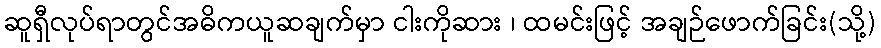
ဆူရှီလုပ်ရာတွင်အဓိကယူဆချက်မှာ ငါးကိုဆား ၊ ထမင်းဖြင့် အချဉ်ဖောက်ခြင်း(သို့)